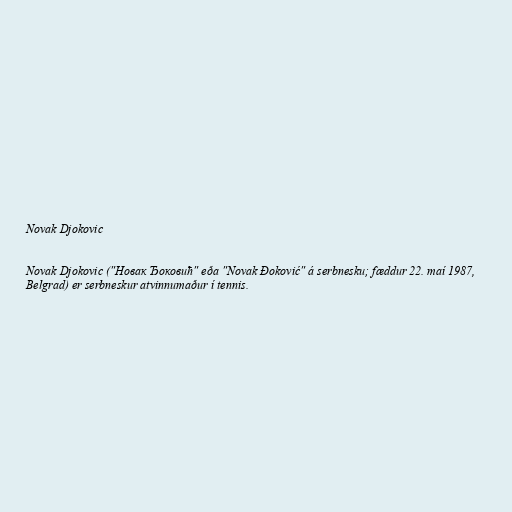
Novak Djokovic

Novak Djokovic ("Новак Ђоковић" eða "Novak Đoković" á serbnesku; fæddur 22. maí 1987,
Belgrad) er serbneskur atvinnumaður í tennis.